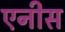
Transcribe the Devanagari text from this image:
एनीस